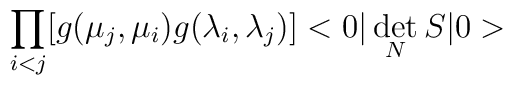
\prod_{i<j}[g(\mu_j,\mu_i)g(\lambda_i,\lambda_j)]<0|\det_N S |0>